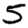
Digit: 5